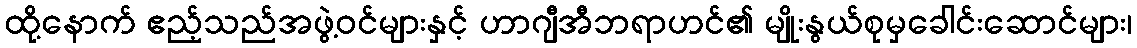
ထို့နောက် ဧည့်သည်အဖွဲ့ဝင်များနှင့် ဟာဂျီအီဘရာဟင်၏ မျိုးနွယ်စုမှခေါင်းဆောင်များ၊